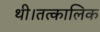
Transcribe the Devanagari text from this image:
थी।तत्कालिक